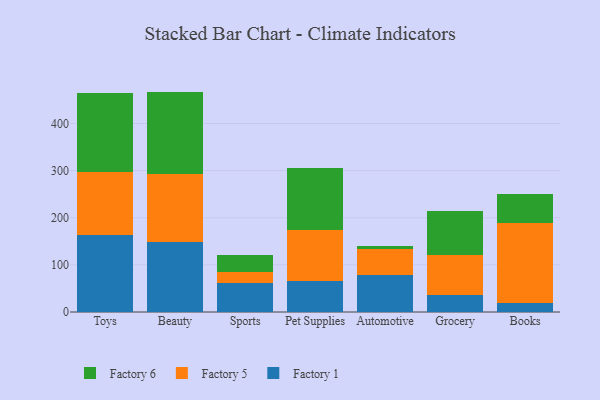
{"axis": {"x": "Category", "y": "Gross Profit (USD K)"}, "legend": ["Factory 1", "Factory 5", "Factory 6"], "data": [{"x": "Toys", "y": 163.1, "type": "Factory 1"}, {"x": "Toys", "y": 133.5, "type": "Factory 5"}, {"x": "Toys", "y": 167.0, "type": "Factory 6"}, {"x": "Beauty", "y": 147.6, "type": "Factory 1"}, {"x": "Beauty", "y": 145.7, "type": "Factory 5"}, {"x": "Beauty", "y": 174.3, "type": "Factory 6"}, {"x": "Sports", "y": 62.5, "type": "Factory 1"}, {"x": "Sports", "y": 22.3, "type": "Factory 5"}, {"x": "Sports", "y": 35.3, "type": "Factory 6"}, {"x": "Pet Supplies", "y": 66.2, "type": "Factory 1"}, {"x": "Pet Supplies", "y": 107.6, "type": "Factory 5"}, {"x": "Pet Supplies", "y": 131.6, "type": "Factory 6"}, {"x": "Automotive", "y": 79.5, "type": "Factory 1"}, {"x": "Automotive", "y": 54.0, "type": "Factory 5"}, {"x": "Automotive", "y": 6.0, "type": "Factory 6"}, {"x": "Grocery", "y": 36.7, "type": "Factory 1"}, {"x": "Grocery", "y": 83.9, "type": "Factory 5"}, {"x": "Grocery", "y": 93.1, "type": "Factory 6"}, {"x": "Books", "y": 20.0, "type": "Factory 1"}, {"x": "Books", "y": 169.7, "type": "Factory 5"}, {"x": "Books", "y": 61.1, "type": "Factory 6"}]}